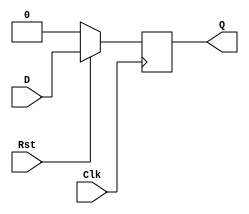
module dff_sync_posedge_activelowreset(Q,D,Clk,Rst);

input D, Clk, Rst;
output reg Q;

always@(posedge Clk) //Synchronous because only updates with clock edge.
        if(!Rst)//typically used
                Q <= 1'b0;
        else
                Q <= D;

endmodule